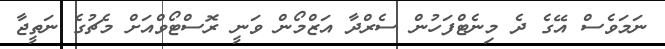
ނަމަވެސް އޭގެ ދެ މިނެޓްފަހުން ސެރްދާ އަޒްމޯން ވަނީ ރޮސްޓޯވްއަށް މެޗުގެ ނަތީޖާ